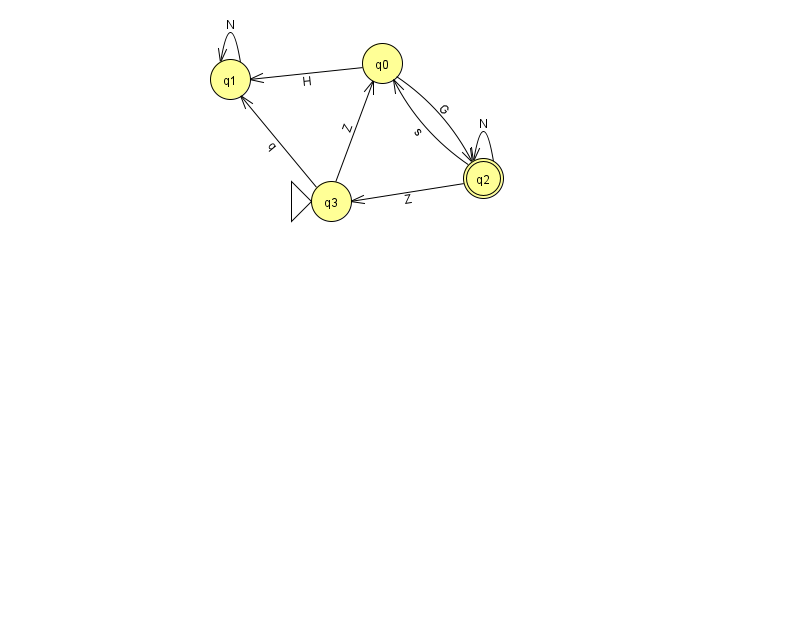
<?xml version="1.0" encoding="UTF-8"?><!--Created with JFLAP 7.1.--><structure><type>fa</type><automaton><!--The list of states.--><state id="0" name="q0"><x>382.0</x><y>50.0</y></state><state id="1" name="q1"><x>230.0</x><y>66.0</y></state><state id="2" name="q2"><x>483.0</x><y>165.0</y><final/></state><state id="3" name="q3"><x>331.0</x><y>188.0</y><initial/></state><!--The list of transitions.--><transition><from>0</from><to>1</to><read>H</read></transition><transition><from>2</from><to>0</to><read>s</read></transition><transition><from>0</from><to>2</to><read>G</read></transition><transition><from>3</from><to>1</to><read>q</read></transition><transition><from>1</from><to>1</to><read>N</read></transition><transition><from>2</from><to>2</to><read>N</read></transition><transition><from>3</from><to>0</to><read>Z</read></transition><transition><from>2</from><to>3</to><read>Z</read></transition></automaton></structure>